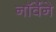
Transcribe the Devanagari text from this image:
नॉर्वेने